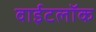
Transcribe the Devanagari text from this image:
वाईटलॉक